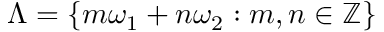
\Lambda = \{ m \omega _ { 1 } + n \omega _ { 2 } : m , n \in \mathbb { Z } \}